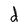
Character: d